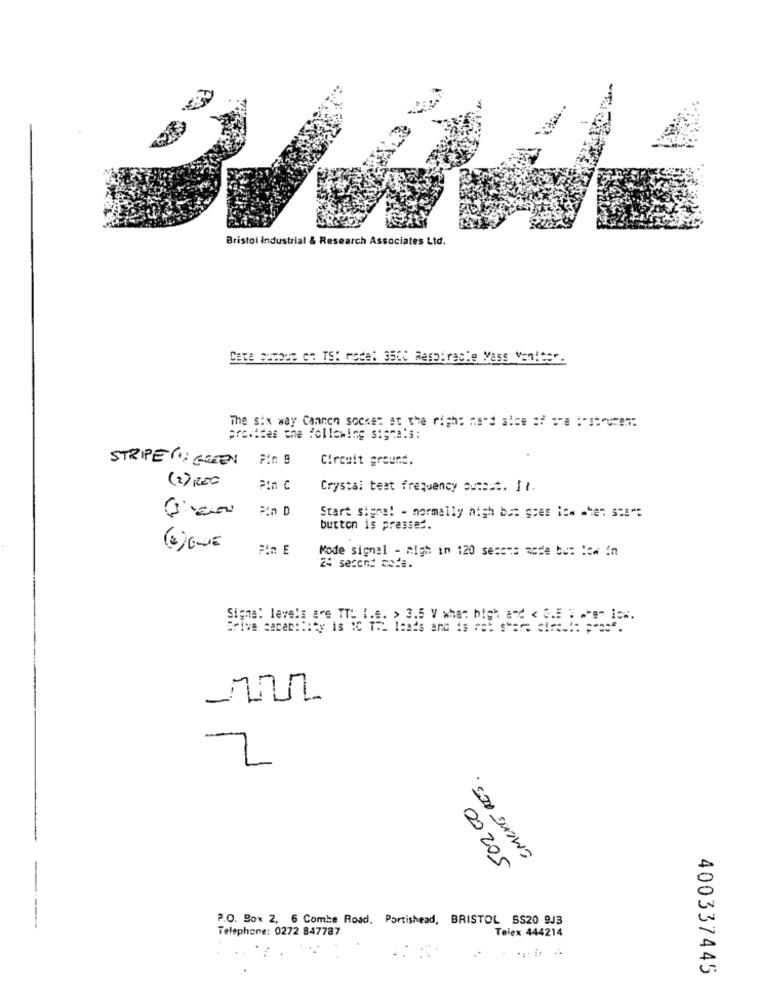
Bristol Industrial & Research Associates Ltd.
Cate astout en TS: mode: 3500 Respiracte Mass Ventter.
The six way Cannon soche: at the right nord sice af ure :"struten:
provides the following signa's:
STRIPER; GREEN PIN B
Circuit ground.
(2) ,RED
Fin C
Crystal teat frequency Sutest. Il.
Start signe! - normally high but goes ice .hen ses":
button is pressed.
Kode signal - migh in 120 secons mode bu: low in
24 secco: mode.
Signe: levels are IT. I.e. > 3.5 V when high and < G.E V ater low.
Brive cacertlity is ic 1:
SMOKE RES .
50200
P.O. Box 2, 6 Combe Road, Portishead, BRISTOL SS20 9J3
Telephone: 0272 847787
Telex 444214
400337445